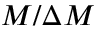
M / \Delta M